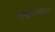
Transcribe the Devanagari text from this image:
मूवमेण्ट